Vaccination in Burma 1889-1999 - 1889-1999
Year: 1889
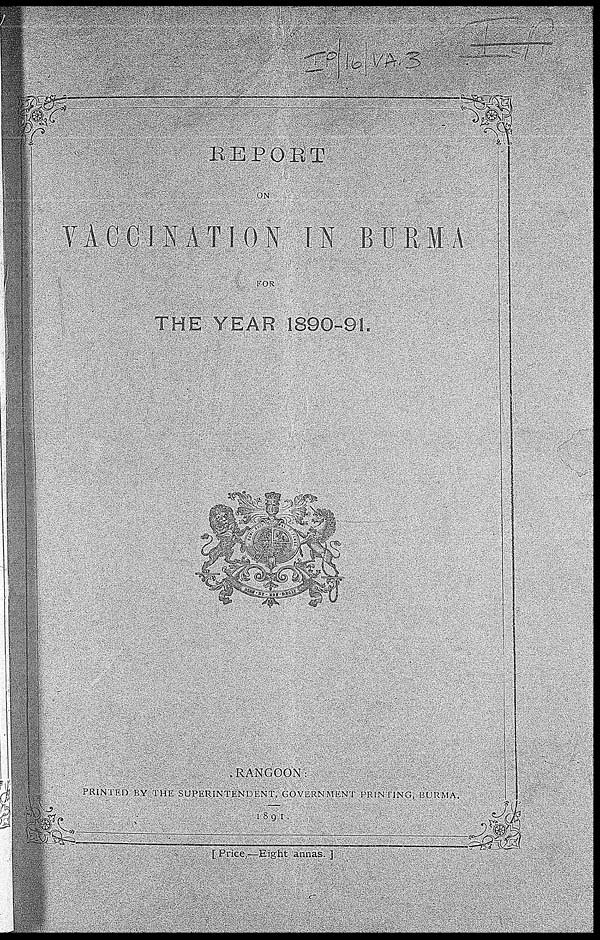
REPORT
ON
VACCINATION IN BURMA
FOR
THE YEAR 1890-91.
RANGOON:
PRINTED BY THE SUPERINTENDENT, GOVERNMENT PRINTING, BURMA.
1891.
[ Price,—Eight annas. ]